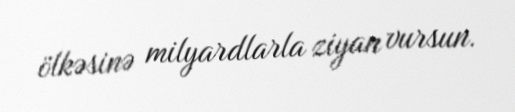
ölkəsinə milyardlarla ziyan vursun.